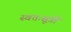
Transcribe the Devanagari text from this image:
स्वतःसूत्री